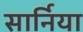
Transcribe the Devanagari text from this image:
सार्निया